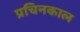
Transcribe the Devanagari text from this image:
प्रचिनकाल